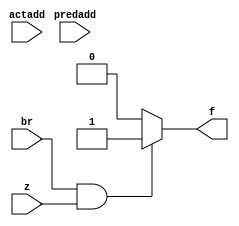
module flush(br,z,predadd,actadd,f);
input br,z; //Flushing operation incase of normal branch instruction
input [31:0]predadd,actadd; //predicted and actual address in branch prediction
output reg f; //This signal will be passed as rst of the pipo reg to flush

always@(*)
begin
    if(br==1 & z==1)
        f = 1;
    else
        f = 0;
end

endmodule